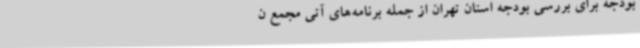
بودجه برای بررسی بودجه استان ‌تهران از جمله برنامه‌های آتی مجمع ن